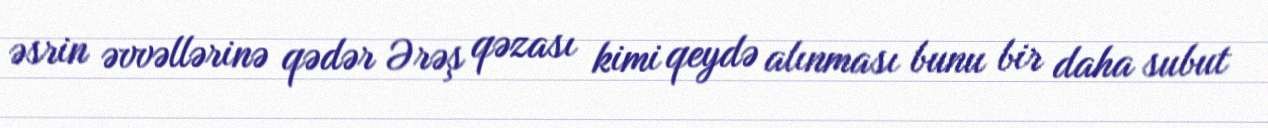
əsrin əvvəllərinə qədər Ərəş qəzası kimi qeydə alınması bunu bir daha subut